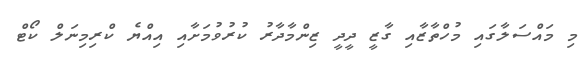
މި މައްސަލާގައި މުހްތާޒާާއި ގާޒީ ދީދީ ޒިންމާދާރު ކުރުވުމަށާއި އިއްޔެ ކްރިމިނަލް ކޯޓް